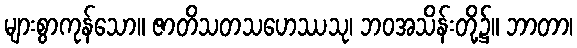
များစွာကုန်သော။ ဇာတိသတသဟေဿသု၊ ဘဝအသိန်းတို့၌။ ဘာတာ၊